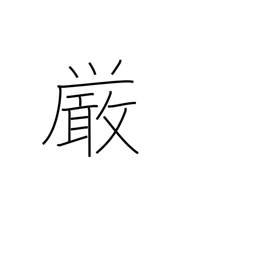
Meaning: rigidity